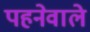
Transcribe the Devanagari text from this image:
पहनेवाले